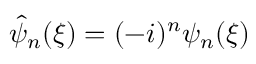
{ \hat { \psi } } _ { n } ( \xi ) = ( - i ) ^ { n } \psi _ { n } ( \xi )